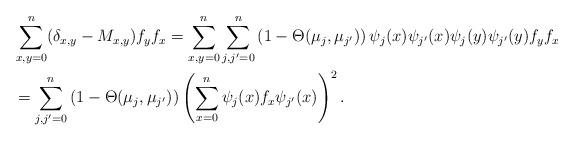
LaTeX: \begin{align*}&\sum_{x,y=0}^n(\delta_{x,y}-M_{x,y})f_yf_x =\sum_{x,y=0}^n \sum_{j,j'=0}^n \left(1- \Theta(\mu_j,\mu_{j'})\right) \psi_j(x)\psi_{j'}(x)\psi_j(y)\psi_{j'}(y) f_yf_x\\&= \sum_{j,j'=0}^n \left(1- \Theta(\mu_j,\mu_{j'})\right) \left(\sum_{x=0}^n \psi_j(x)f_x\psi_{j'}(x)\right)^2.\end{align*}